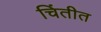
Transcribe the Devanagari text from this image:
चिंतीत